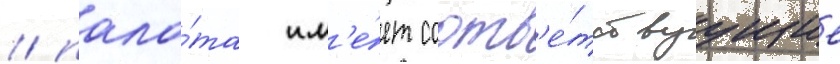
/ пала́та им'е́ет соотв'е́тствуущие